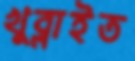
খুব্‌লাইত